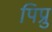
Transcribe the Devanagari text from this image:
पिप्रु